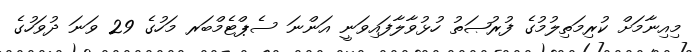
މިއިނާމަށް ކުރިމަތިލުމުގެ ފުރުޞަތު ހުޅުވާލާފައިވަނީ އަންނަ ސެޕްޓެމްބަރ މަހުގެ 29 ވަނަ ދުވަހުގެ